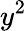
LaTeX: y^{2}